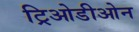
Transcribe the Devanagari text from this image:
ट्रिओडीओन